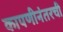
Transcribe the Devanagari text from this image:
कापणीनंतरची